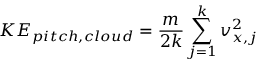
K E _ { p i t c h , c l o u d } = \frac { m } { 2 k } \sum _ { j = 1 } ^ { k } v _ { x , j } ^ { 2 }